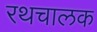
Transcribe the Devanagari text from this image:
रथचालक